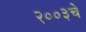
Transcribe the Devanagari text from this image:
२००३चे